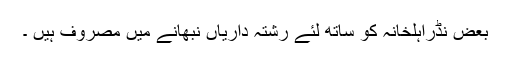
بعض نڈراہلخانہ کو ساتھ لئے رشتہ داریاں نبھانے میں مصروف ہیں ۔